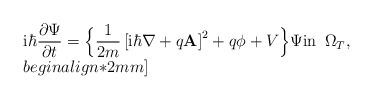
LaTeX: \begin{align*}\begin{array}{lll}{\displaystyle \mathrm{i}\hbar\frac{\partial \Psi}{\partial t}=\Big\lbrace\frac{1}{2m}\left[\mathrm{i}\hbar\nabla +q\mathbf{A}\right]^{2} + q \phi+V\Big\rbrace\Psi {\rm in} \,\,\, \Omega_{T}, }\\begin{align*}2mm]\end{array}\end{align*}